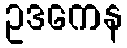
ဥဒကေန